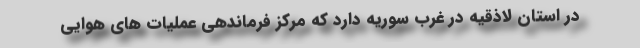
در استان لاذقیه در غرب سوریه دارد که مرکز فرماندهی عملیات های هوایی